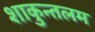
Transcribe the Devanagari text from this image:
शाकुन्तलम